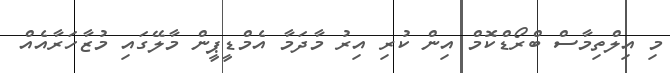
މި އިލްތިމާސް ބްރޯޑްކޮމް އިން ކުރި އިރު މާދަމާ އެމްޑީޕީން މާލޭގައި މުޒާހަރާއެއް